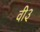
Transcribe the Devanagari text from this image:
वी३